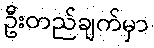
ဦးတည်ချက်မှာ